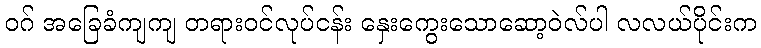
ဝဂ် အခြေခံကျကျ တရားဝင်လုပ်ငန်း နှေးကွေးသောဆော့ဝဲလ်ပါ လလယ်ပိုင်းက